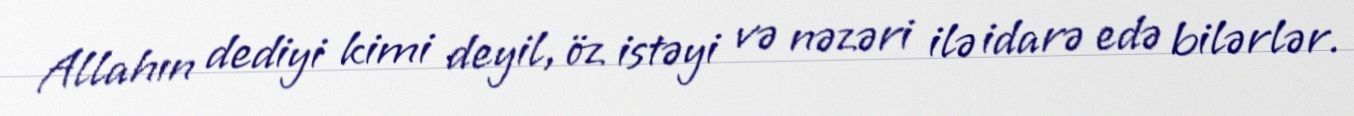
Allahın dediyi kimi deyil, öz istəyi və nəzəri ilə idarə edə bilərlər.